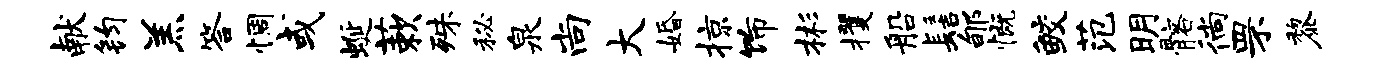
献钧羔答惆或蜒蔌殊秘泉尚大婚掠饰彬攫船髻郇慨鲛范明髂徜罘黎